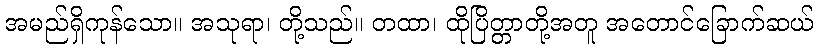
အမည်ရှိကုန်သော။ အသုရာ၊ တို့သည်။ တထာ၊ ထိုပြိတ္တာတို့အတူ အတောင်ခြောက်ဆယ်